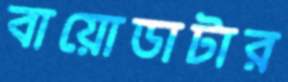
বায়োডাটার